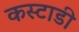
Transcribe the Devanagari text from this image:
कस्टाडी